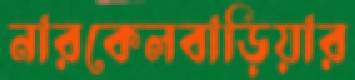
নারকেলবাড়িয়ার